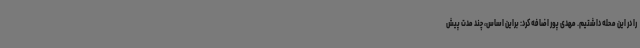
را در این محله داشتیم. مهدی پور اضافه کرد: براین اساس، چند مدت پیش